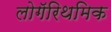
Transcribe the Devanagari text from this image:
लोगॅरिथमिक